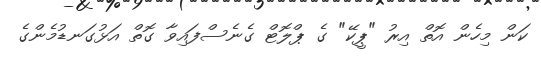
ކަން މިހެން އޮތް އިރު "ޕީކޭ" ގެ ޕްލޮޓް ގެނެސްފައިވާ ގޮތް އަޅުގަނޑުމެންގެ